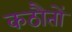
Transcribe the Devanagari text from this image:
कठौतों